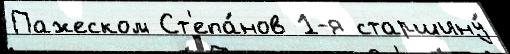
Пажеском Ст'епа́нов 1-я старшину́